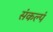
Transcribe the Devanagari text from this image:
संकल्पं